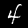
Label: 4